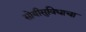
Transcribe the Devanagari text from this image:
सोयीसुविधाचा